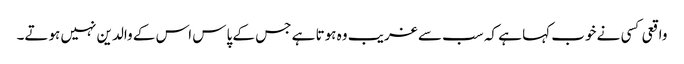
واقعی کسی نے خوب کہا ہے کہ سب سے غریب وہ ہوتا ہے جس کے پاس اس کے والدین نہیں ہوتے۔